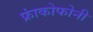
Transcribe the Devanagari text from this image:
फ्रांकोफोनी